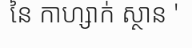
នៃ កាហ្សាក់ ស្ថាន '